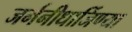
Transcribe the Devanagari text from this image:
जर्मनीधार्जिण्या